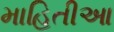
માહિતીઆ